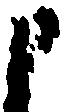
申